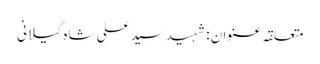
متعلقہ عنوان : شہیدسید علی شاہ گیلانی